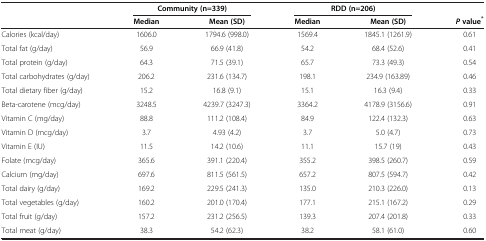
<table><thead><tr><td>[EMPTY_CELL]</td><td colspan="2"><b>Community (n=339)</b></td><td colspan="2"><b>RDD (n=206)</b></td><td>[EMPTY_CELL]</td></tr><tr><td>[EMPTY_CELL]</td><td><b>Median</b></td><td><b>Mean (SD)</b></td><td><b>Median</b></td><td><b>Mean (SD)</b></td><td><b><i>P </i>value<sup>*</sup></b></td></tr></thead><tbody><tr><td>Calories (kcal/day)</td><td>1606.0</td><td>1794.6 (998.0)</td><td>1569.4</td><td>1845.1 (1261.9)</td><td>0.61</td></tr><tr><td>Total fat (g/day)</td><td>56.9</td><td>66.9 (41.8)</td><td>54.2</td><td>68.4 (52.6)</td><td>0.41</td></tr><tr><td>Total protein (g/day)</td><td>64.3</td><td>71.5 (39.1)</td><td>65.7</td><td>73.3 (49.3)</td><td>0.54</td></tr><tr><td>Total carbohydrates (g/day)</td><td>206.2</td><td>231.6 (134.7)</td><td>198.1</td><td>234.9 (163.89)</td><td>0.46</td></tr><tr><td>Total dietary fiber (g/day)</td><td>15.2</td><td>16.8 (9.1)</td><td>15.1</td><td>16.3 (9.4)</td><td>0.33</td></tr><tr><td>Beta-carotene (mcg/day)</td><td>3248.5</td><td>4239.7 (3247.3)</td><td>3364.2</td><td>4178.9 (3156.6)</td><td>0.91</td></tr><tr><td>Vitamin C (mg/day)</td><td>88.8</td><td>111.2 (108.4)</td><td>84.9</td><td>122.4 (132.3)</td><td>0.63</td></tr><tr><td>Vitamin D (mcg/day)</td><td>3.7</td><td>4.93 (4.2)</td><td>3.7</td><td>5.0 (4.7)</td><td>0.73</td></tr><tr><td>Vitamin E (IU)</td><td>11.5</td><td>14.2 (10.6)</td><td>11.1</td><td>15.7 (19)</td><td>0.43</td></tr><tr><td>Folate (mcg/day)</td><td>365.6</td><td>391.1 (220.4)</td><td>355.2</td><td>398.5 (260.7)</td><td>0.59</td></tr><tr><td>Calcium (mg/day)</td><td>697.6</td><td>811.5 (561.5)</td><td>657.2</td><td>807.5 (594.7)</td><td>0.42</td></tr><tr><td>Total dairy (g/day)</td><td>169.2</td><td>229.5 (241.3)</td><td>135.0</td><td>210.3 (226.0)</td><td>0.13</td></tr><tr><td>Total vegetables (g/day)</td><td>160.2</td><td>201.0 (170.4)</td><td>177.1</td><td>215.1 (167.2)</td><td>0.29</td></tr><tr><td>Total fruit (g/day)</td><td>157.2</td><td>231.2 (256.5)</td><td>139.3</td><td>207.4 (201.8)</td><td>0.33</td></tr><tr><td>Total meat (g/day)</td><td>38.3</td><td>54.2 (62.3)</td><td>38.2</td><td>58.1 (61.0)</td><td>0.60</td></tr></tbody></table>